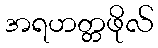
အရဟတ္တဖိုလ်